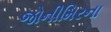
જોનીમિરના